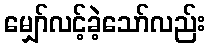
မျှော်လင့်ခဲ့သော်လည်း